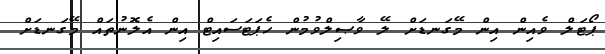
ޕޯޓަލް ވެއިން އިން މޭގަނޑަށް ލޭ ވާޞިލްވުމުން ހެޕަޓަސައިޓް އިން އެލޮނުތައް މޭގަނޑަށް